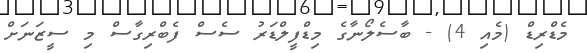
މެޑްރިޑް (މެއި 4) - ބާސެލޯނާގެ މިޑްފީލްޑަރު ސެސް ފެބްރިގާސް މި ސީޒަނަށް